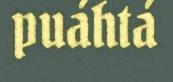
puáhtá